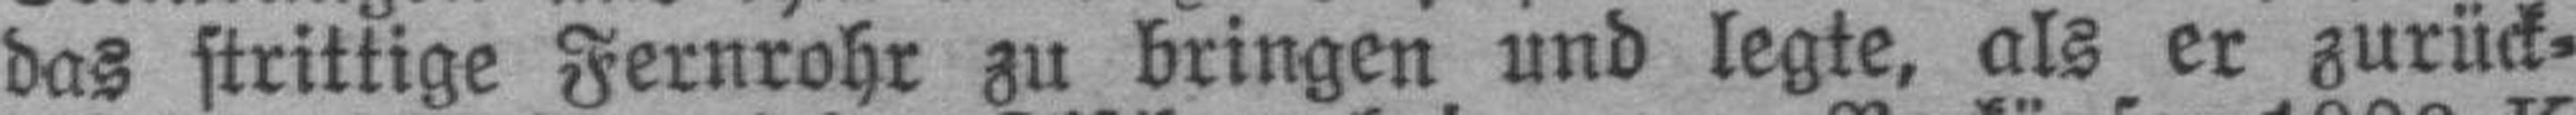
das strittige Fernrohr zu bringen und legte, als er zurück¬